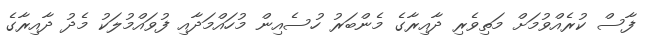
ފާސް ކުރެއްވުމަށް މަތިވެރި ދާއިރާގެ މެންބަރު ހުސެއިން މުހައްމަދާއި ފުވައްމުލަކު މެދު ދާއިރާގެ